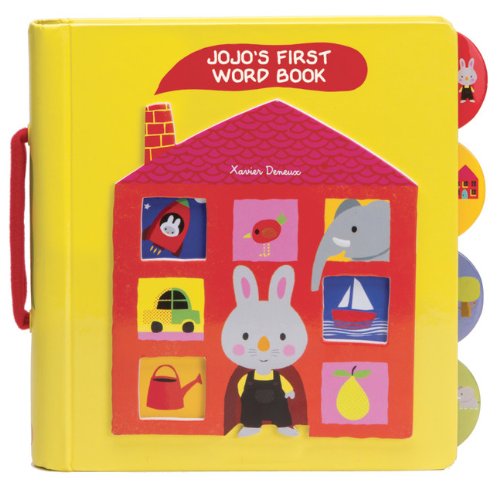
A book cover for Jojo's First Word Book; Children's Books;